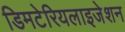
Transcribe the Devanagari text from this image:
डिमटेरियलाइजेशन